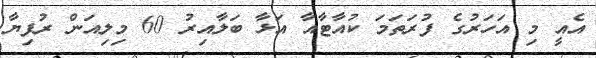
އެއީ މި އަހަރުގެ ފުރަތަމަ ކުއާޓާއާ އަޅާ ބަލާއިރު 60 މިލިއަން ރުފިޔާ